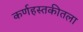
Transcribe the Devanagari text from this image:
कर्णहस्तकीतला